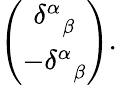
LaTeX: \left(\begin{array}{c}{{\delta_{\; \; \beta}^{\alpha}}}\\ {{-\delta_{\; \; \beta}^{\alpha}}}\end{array}\right).